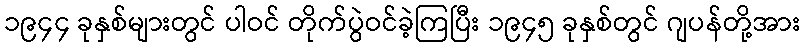
၁၉၄၄ ခုနှစ်များတွင် ပါဝင် တိုက်ပွဲဝင်ခဲ့ကြပြီး ၁၉၄၅ ခုနှစ်တွင် ဂျပန်တို့အား